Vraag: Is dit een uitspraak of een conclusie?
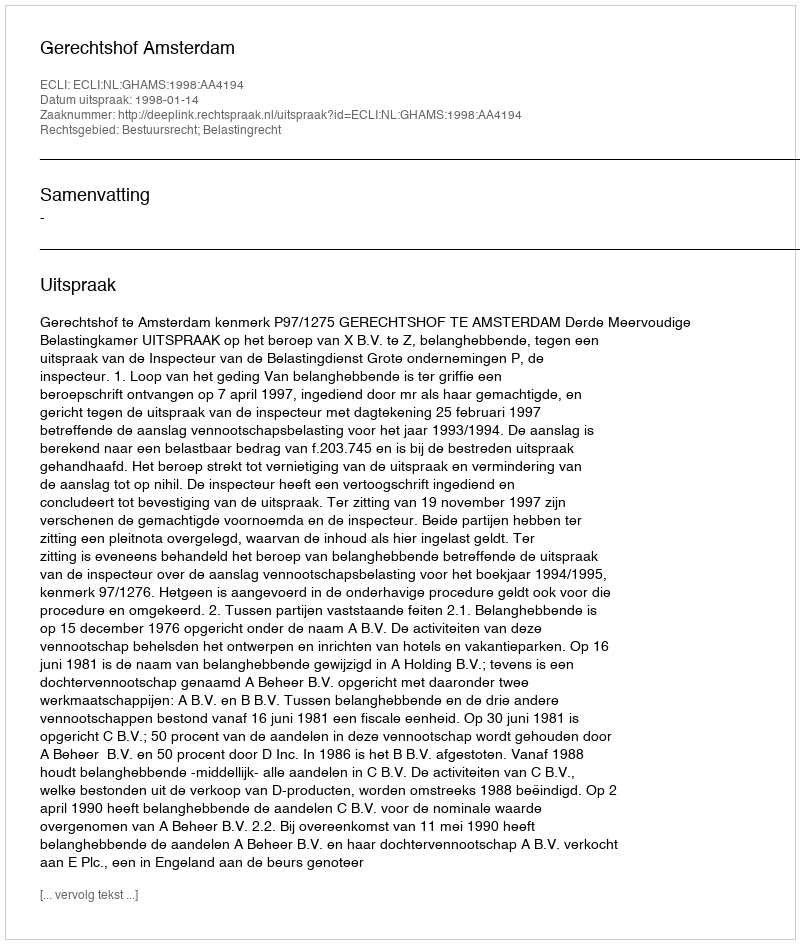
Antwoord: Uitspraak